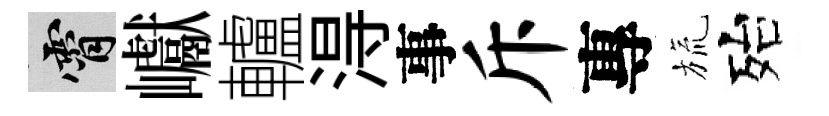
霄巘轤淂事斥專旒殆